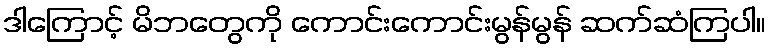
ဒါကြောင့် မိဘတွေကို ကောင်းကောင်းမွန်မွန် ဆက်ဆံကြပါ။